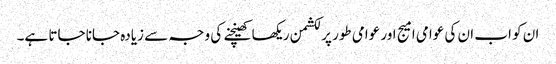
ان کو اب ان کی عوامی امیج اور عوامی طور پر لکشمن ریکھا کھینچنے کی وجہ سے زیادہ جانا جاتا ہے۔